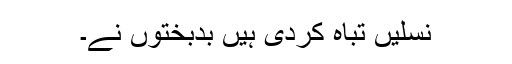
نسلیں تباہ کردی ہیں بدبختوں نے۔